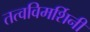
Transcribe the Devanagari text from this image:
तत्वविमर्शिनी